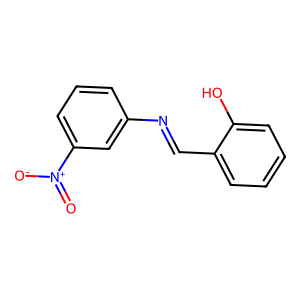
SMILES: O=[N+]([O-])c1cccc(N=Cc2ccccc2O)c1
Inhibits HIV replication: No